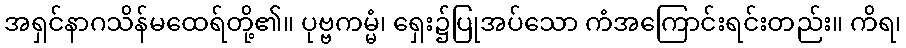
အရှင်နာဂသိန်မထေရ်တို့၏။ ပုဗ္ဗကမ္မံ၊ ရှေး၌ပြုအပ်သော ကံအကြောင်းရင်းတည်း။ ကိရ၊